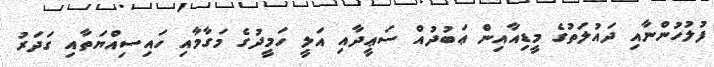
ފުލުހުންނާއި ދައުލަތުގެ މީޑިއާއިން ޢަބުދުއް ސަޢީދާއި އަލީ ހަމީދުގެ މަގާމާއި ހައިސިއްޔަތާއި ގަދަރު